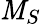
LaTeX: \mathit{M}_{S}